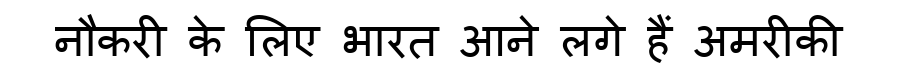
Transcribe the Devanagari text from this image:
नौकरी के लिए भारत आने लगे हैं अमरीकी